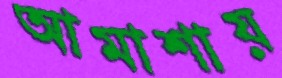
আমাশায়